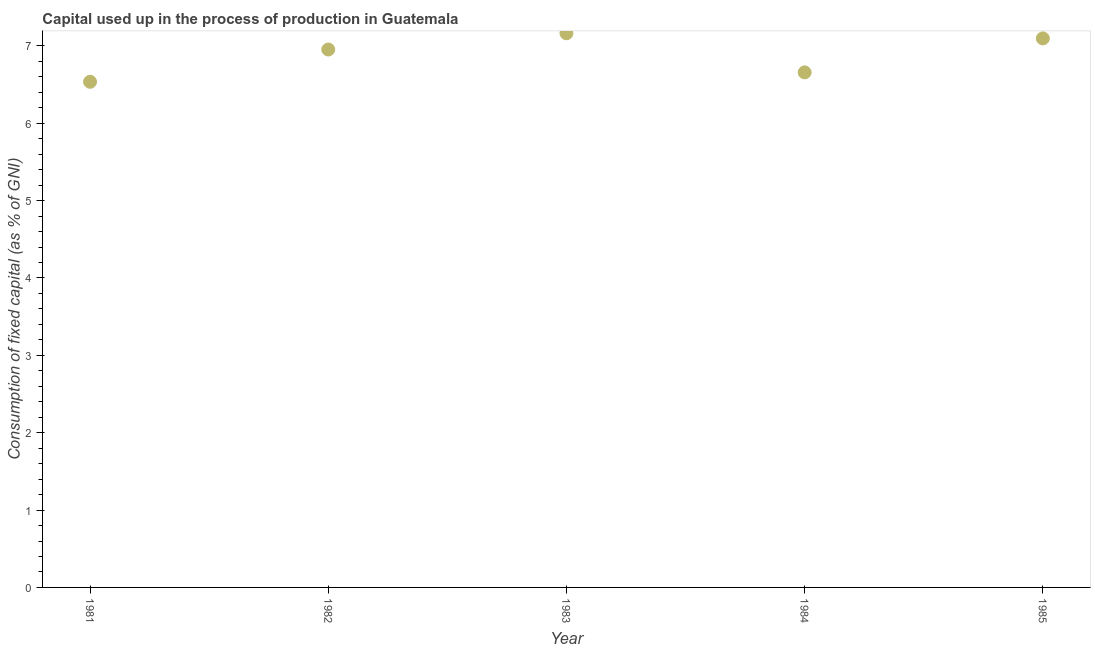
| Year | Consumption of fixed capital |
 | --- | --- |
 | 1981 | 6.54 |
 | 1982 | 6.95 |
 | 1983 | 7.16 |
 | 1984 | 6.66 |
 | 1985 | 7.1 |